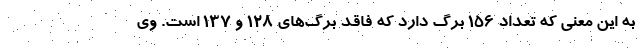
به این معنی که تعداد ۱۵۶ برگ دارد که فاقد برگ‌های ۱۲۸ و ۱۳۷ است. وی